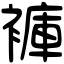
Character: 褲